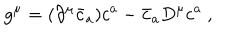
LaTeX: g ^ { \mu } = ( \partial ^ { \mu } \bar { c } _ { a } ) c ^ { a } - \bar { c } _ { a } D ^ { \mu } c ^ { a } ~ ,